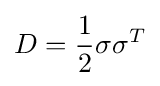
D={\frac {1}{2}}\sigma \sigma ^{T}